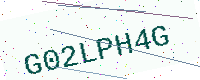
Text: G02LPH4G